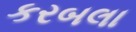
કરબલા